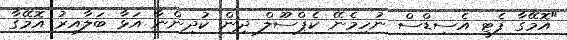
"އޮމޭގާ ފެޓީ އެސިޑްސް ނުހިމެނޭ ކެޕްސޫލް ދިން ކުދިންނާ އަޅާ ބަލާއިރު އޮމޭގާ